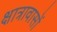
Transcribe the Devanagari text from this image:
क्षात्रावासों